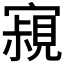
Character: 𡫁